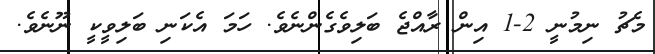
މެޗު ނިމުނީ 2-1 އިން ރާއްޖެ ބަލިވެގެންނެވެ. ހަމަ އެކަނި ބަލިވީކީ ނޫނެވެ.